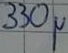
Text: 330µ